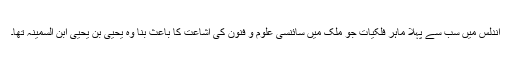
اندلس میں سب سے پہلا ماہرِ فلکیات جو ملک میں سائنسی علوم و فنون کی اِشاعت کا باعث بنا وہ یحییٰ بن یحییٰ ابن السمینہ تھا۔